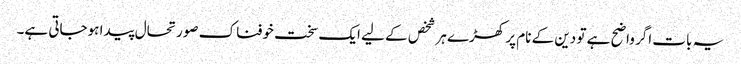
یہ بات اگر واضح ہے تو دین کے نام پر کھڑے ہر شخص کے لیے ایک سخت خوفناک صورتحال پیدا ہوجاتی ہے۔